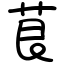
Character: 茛